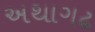
અથાગઢ